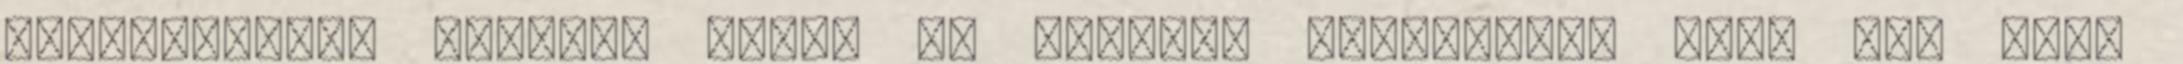
sportosságot látják, hanem az állandó problémát, hogy épp csak